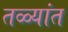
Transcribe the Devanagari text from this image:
तळ्यांत